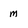
Character: m